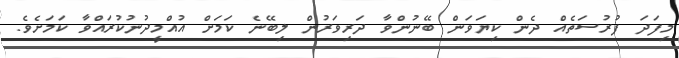
މިފަދަ ފުރުސަތެއް ދެން ކިޔަވަން ބޭނުންވާ ދަރިވަރުން ލިބޭނެ ކަމަށް އުއްމީދުނުކުރައްވާ ކަމަށެވެ.